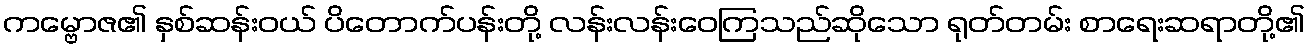
ကမ္ဗောဇ၏ နှစ်ဆန်းဝယ် ပိတောက်ပန်းတို့ လန်းလန်းဝေကြသည်ဆိုသော ရုတ်တမ်း စာရေးဆရာတို့၏